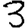
Digit: 3